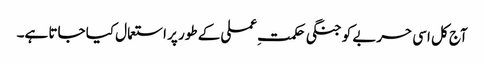
آج کل اسی حربے کو جنگی حکمتِ عملی کے طور پر استعمال کیا جاتا ہے۔